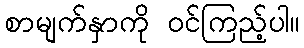
စာမျက်နှာကို ဝင်ကြည့်ပါ။